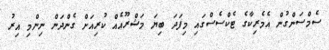
ސެމްސަންގުން އެމެރިކާގެ ޓެކްސެސްގައި މިފަދަ ބިޔަ މަޝްރޫއެއް ކުރިއަށް ގެންދަން ނިންމި އިރު